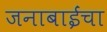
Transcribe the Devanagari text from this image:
जनाबाईंचा